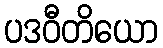
ပဒဝီတိယော